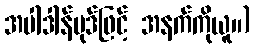
အပါဒါန်ပုဒ်ဖြင့် အနက်ကိုယူ။)